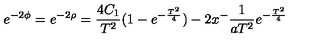
e ^ { - 2 \phi } = e ^ { - 2 \rho } = \frac { 4 C _ { 1 } } { T ^ { 2 } } ( 1 - e ^ { - \frac { T ^ { 2 } } { 4 } } ) - 2 x ^ { - } \frac { 1 } { a T ^ { 2 } } e ^ { - \frac { T ^ { 2 } } { 4 } }